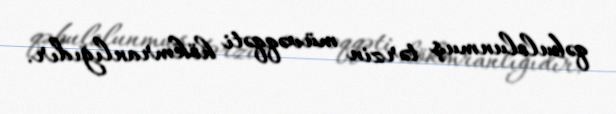
qəbulolunmuş tərzin müvəqqəti hökmranlığıdır.